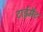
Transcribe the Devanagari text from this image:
टाईमैट